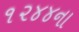
૧૨૪૪ના